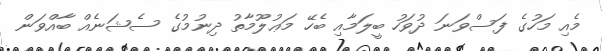
މެއި މަހުގެ ފަސްވަނަ ދުވަހު ބީލަމާއި ބެހޭ މަޢުލޫމާތު ދިނުމުގެ ސެޝަނެއް ބާއްވަން